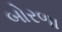
બોરળા